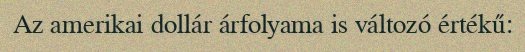
Az amerikai dollár árfolyama is változó értékű: